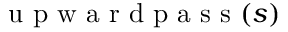
\mathrm { ~ u ~ p ~ w ~ a ~ r ~ d ~ p ~ a ~ s ~ s ~ } ( s )